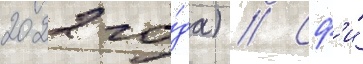
2022 го́да) // Сф'и́